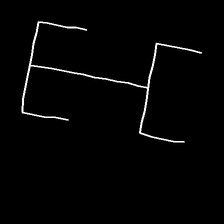
Glyph: entwine